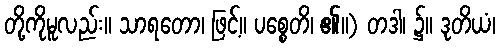
တို့ကိုမူလည်း။ သာရတော၊ ဖြင့်။ ပစ္စေတိ၊ ၏။) တဒါ၊ ၌။ ဒုတိယံ၊